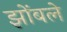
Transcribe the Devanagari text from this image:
झोंबले